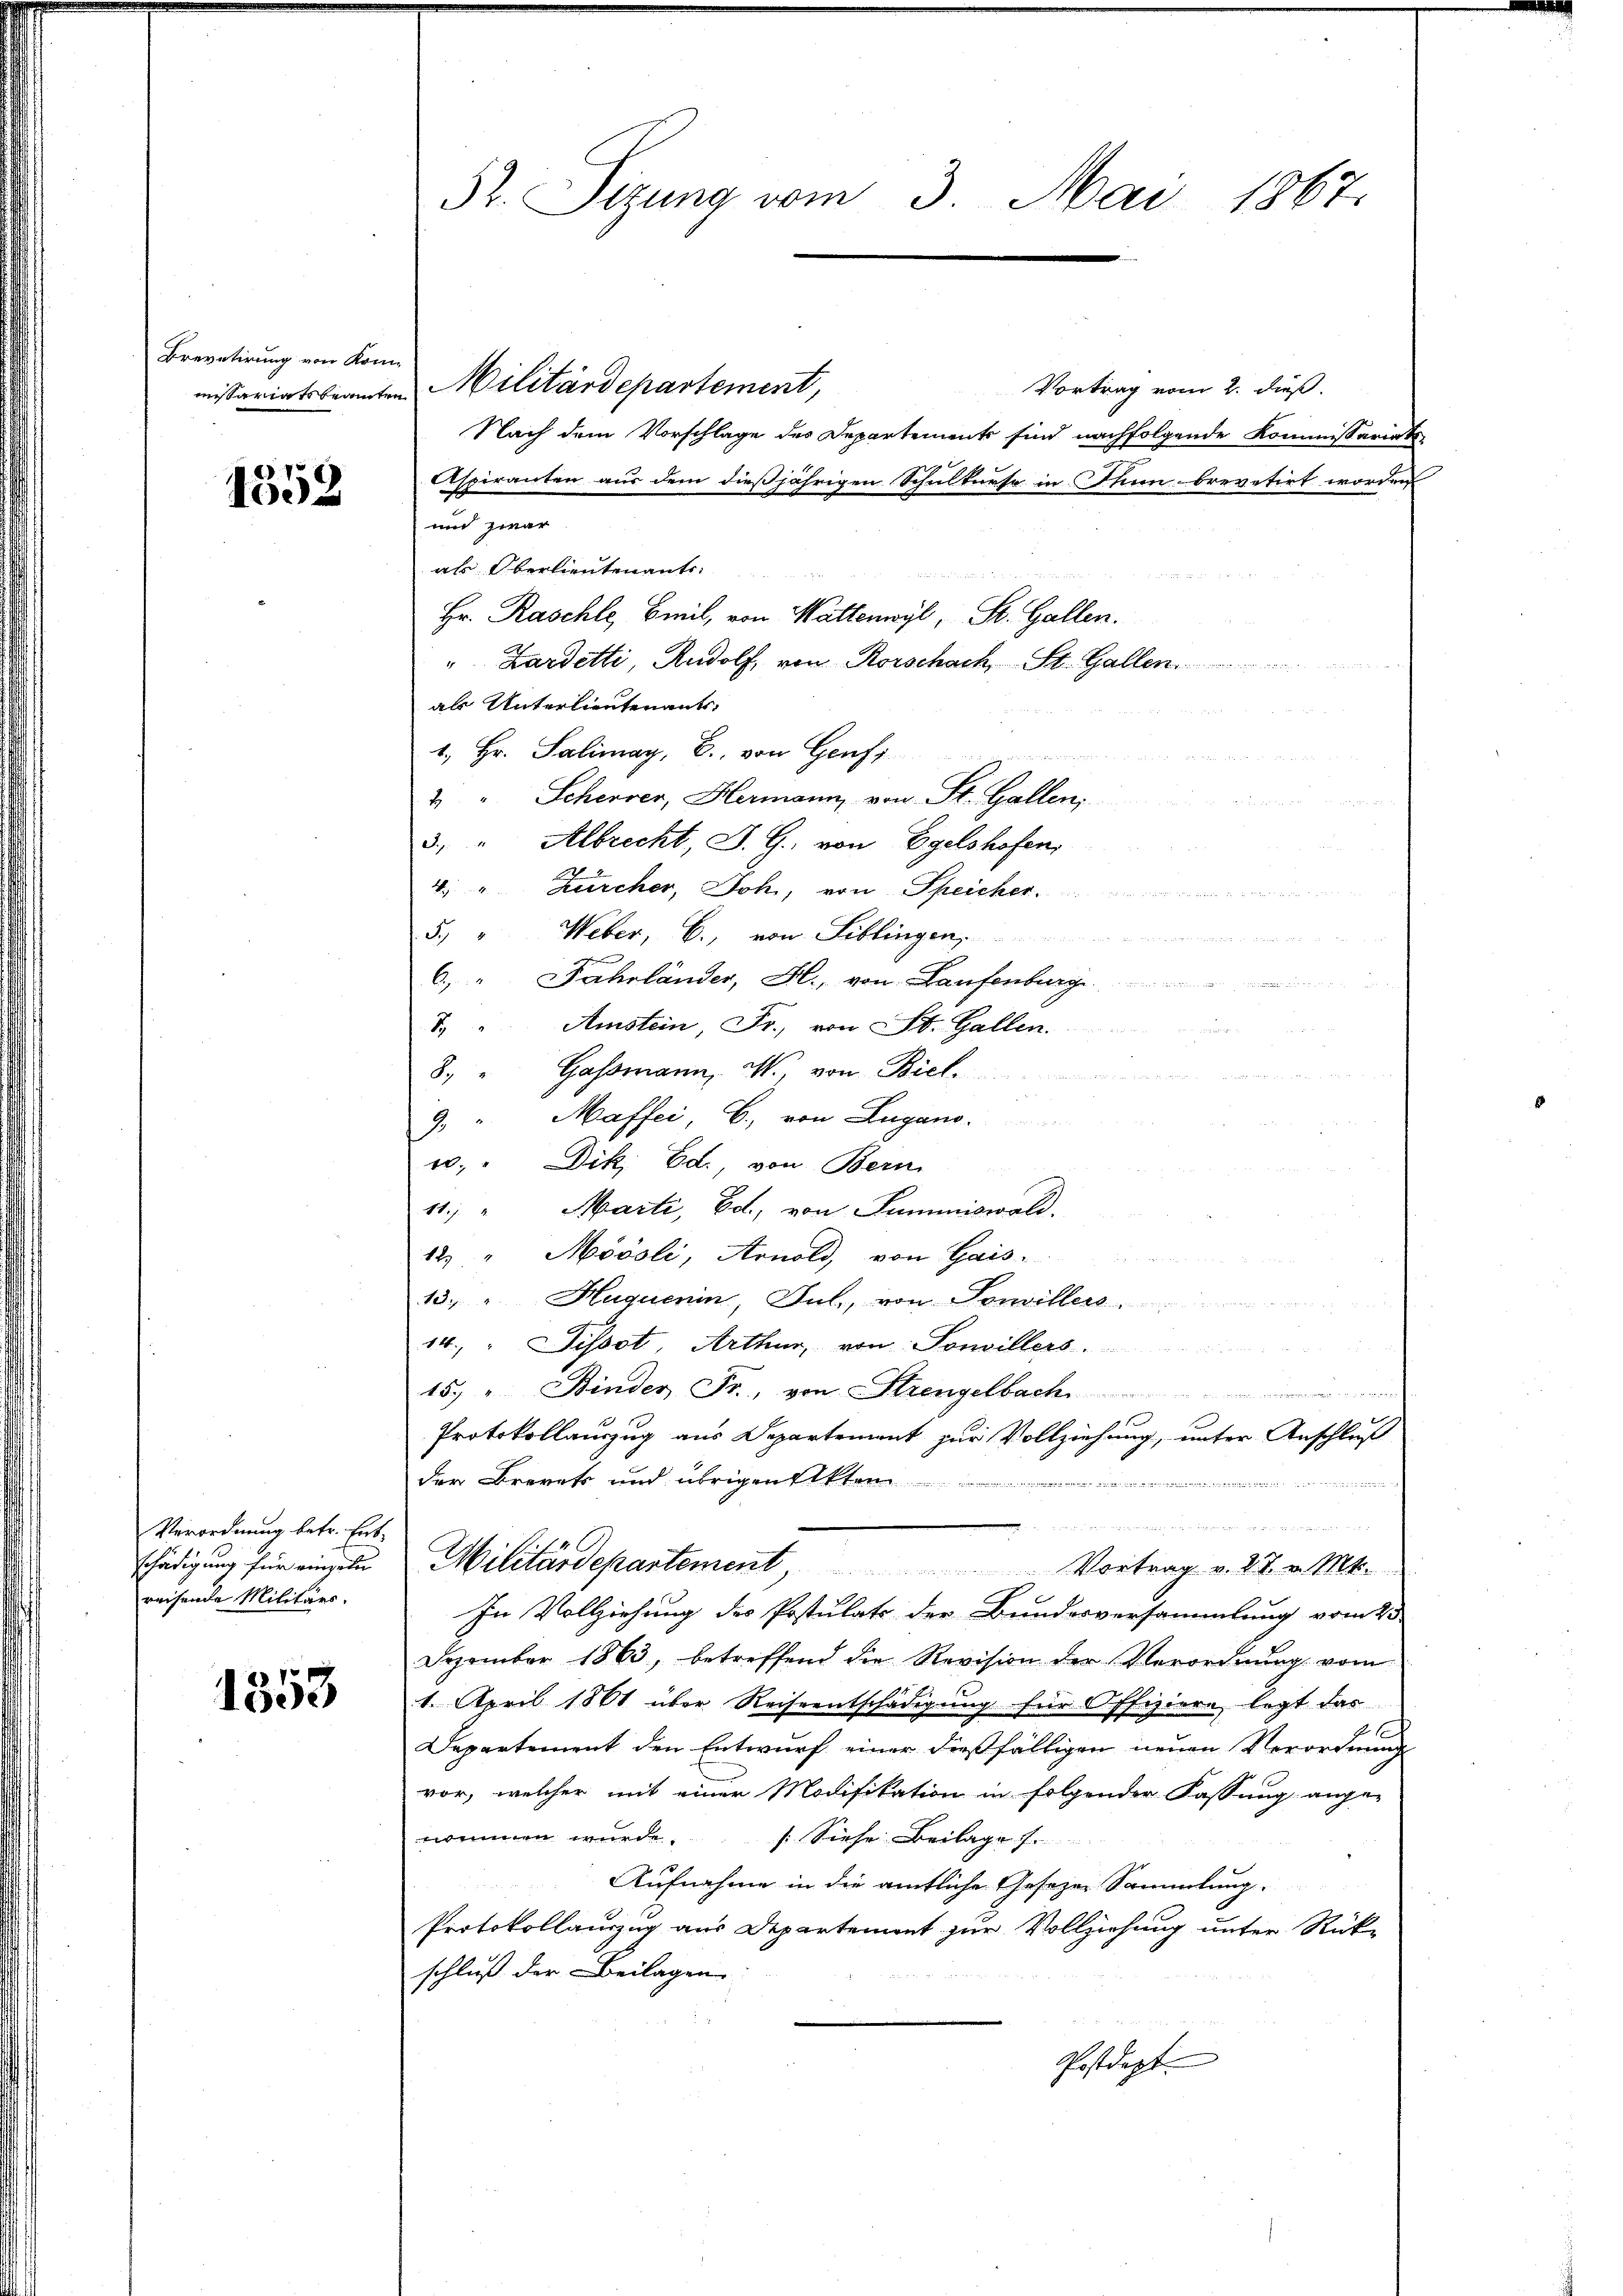
Drevetirung von Kom-
missariats beamten

1552

Verordnung betr. Entschädigung für einzeln
reisende Militärs.

1353

52. Sizung vom 3. Mai 1867.

Militärdepartement,
Vortrag vom 2. dieß.
Nach dem Vorschlage des Departements sind nachfolgende Kommissariats-
Aspiranten aus dem dießjährigen Schulkurse in Thun brevetirt worden
und zwar
als Oberlieutenants.
Hr. Raschle, Beil, von Wattenwyl, St. Gallen.
" Zardetti, Rudolf, von Rorschach, St. Gallen.
als Unterlieutenants,
1. Hr. Salimay, C. von Genf
2 " Schever, Hermann, von St. Gallen,
3. " Albrecht, J. G., von Egelshofen,
4 " Zürcher, Joh, von Speicher.
5.) " Weber, C., von Liblingen,
6. " Fahrländer, Fl., von Laufenburg
T. " Amstein, Fr., von St. Gallen.
8. " Gassmann, M., von Biel
9 " Maffei, B., von Lugano.
u. " Dik. Ed., von Bern
11. " Marti, Edt., von Summiswald.
12 " Mööoli, Arnold, von Gais-
13. " Huquenin, Jul., von Sonvillers
14. " Dissot, Arthur, von Sonvillers
157 u. Binder Fr., von Strengelbach
1
Protokollanzug aus Departement zur Vollziehung, unter Anschluß
der Brevet und übrigen Akten
e
wieden
              4 x
Militärdepartement Vortrag v. 27. v. Mt.
In Vollziehung des Postulats der Bundesversammlung vom 23
Dezember 1863, betreffend die Revision der Verordnung vom
1. April 1861 über Reiseentschädigung für Offiziere, legt das
Departement den Entwurf einer dießfälligen neuen Verordnung
vor, welcher mit einer Modifikation in folgender Fassung ange-
 wurde
s. Siehe. Beilage s.
Aufnahme in die amtliche Gesezen Sammlung.
Protokollauszug aus Departement zur Vollziehung unter Rück-
schluß der Beilagen.
Postdept